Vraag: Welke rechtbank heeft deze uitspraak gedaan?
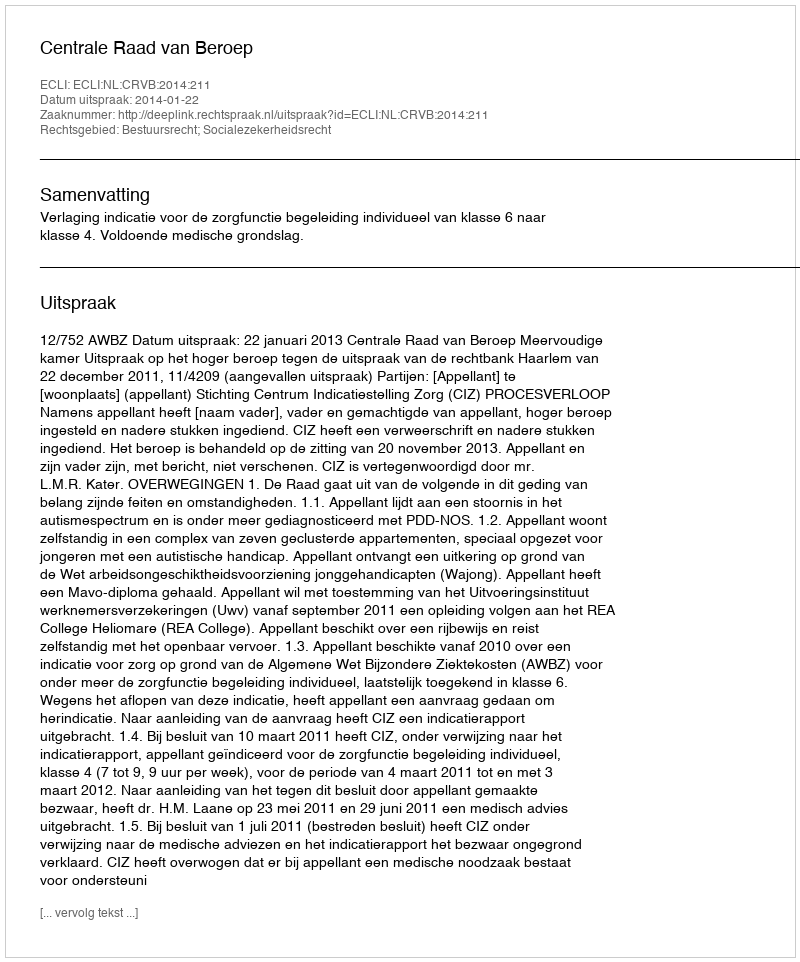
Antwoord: Centrale Raad van Beroep